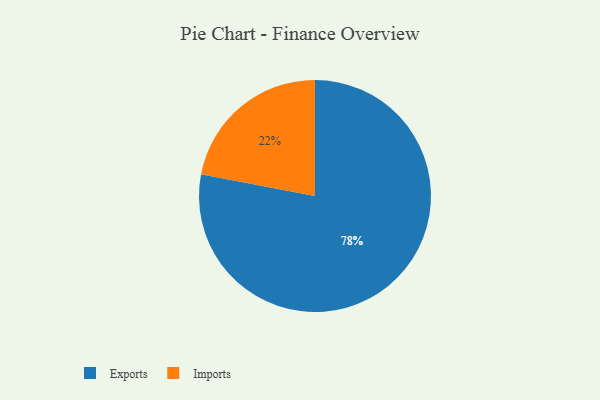
{"axis": {"x": "Category", "y": "Percentage"}, "legend": ["Exports", "Imports"], "data": [{"x": "Imports", "y": 22, "type": "Imports"}, {"x": "Exports", "y": 78, "type": "Exports"}]}